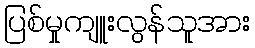
ပြစ်မှုကျူးလွန်သူအား